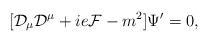
LaTeX: \begin{align*}[{\cal D}_\mu{\cal D}^\mu+ie {\cal F}-m^2]\Psi'=0,\end{align*}